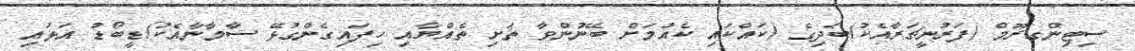
ސިޓިންގރޫމް (ފަރުނީޗަރާއެކު)ބަދިގެ (ކައްކައި ކެއުމަށް ބޭނުންވާ ތަށި ތެއްޔާއި ހިފައިގެންގުޅޭ ސާމާނާއެކު)ޑީބޯޑު އަޅައި